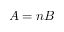
A = n B